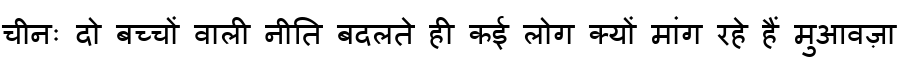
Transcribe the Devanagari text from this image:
चीनः दो बच्चों वाली नीति बदलते ही कई लोग क्यों मांग रहे हैं मुआवज़ा